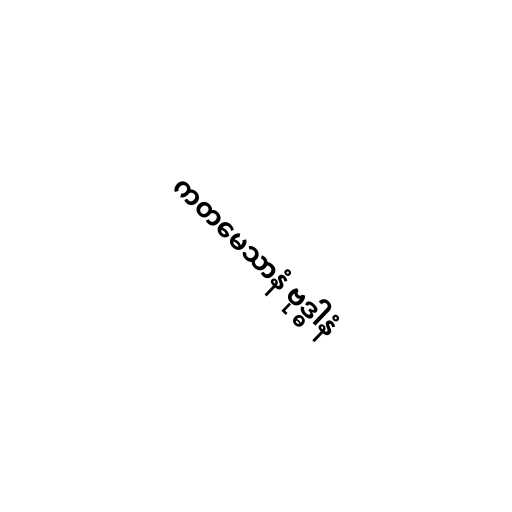
ကတမေသာနံ ဗုဒ္ဓါနံ